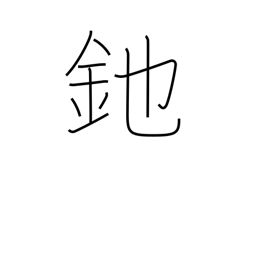
Meaning: halberd